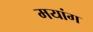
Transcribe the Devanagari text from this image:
मयांग